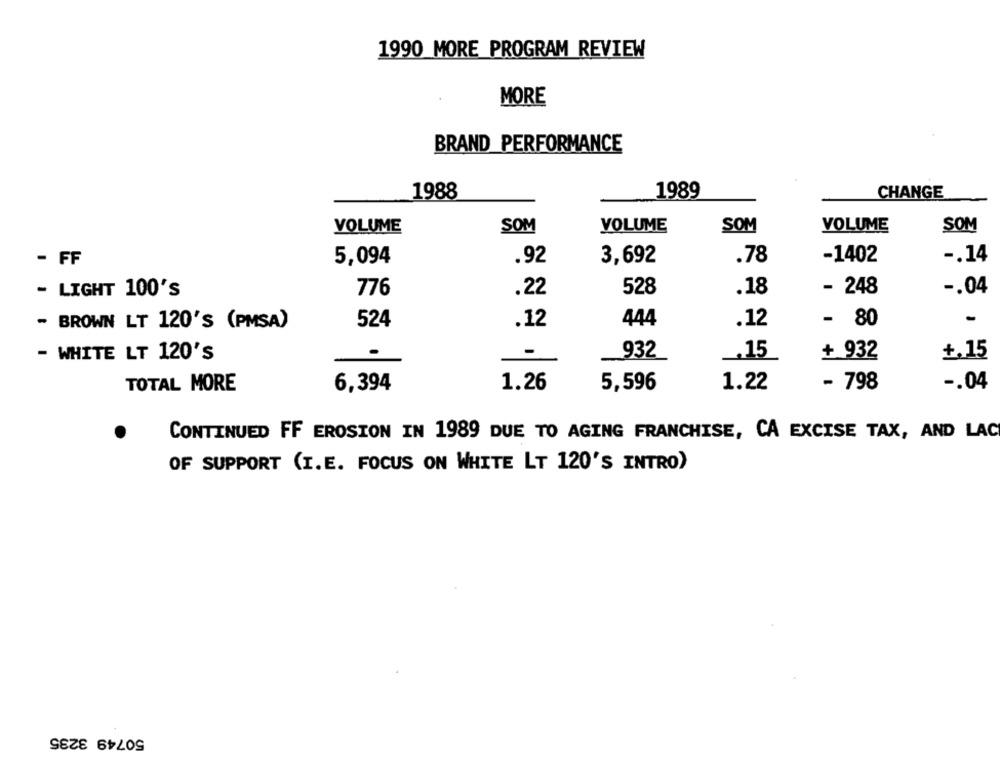
1990 MORE PROGRAM REVIEW
MORE
BRAND PERFORMANCE
1988
1989
CHANGE
VOLUME
SOM
VOLUME
SOM
VOLUME
SOM
.92
3,692
.78
-1402
-. 14
- FF
5,094
.22
-. 04
- LIGHT 100'S
776
528
.18
- 248
- BROWN LT 120'S (PMSA)
524
.12
444
.12
- 80
- WHITE LT 120'S
932
.15
+ 932
+,15
TOTAL MORE
6,394
1.26
5,596
1.22
- 798
-. 04
CONTINUED FF EROSION IN 1989 DUE TO AGING FRANCHISE, CA EXCISE TAX, AND LAC
OF SUPPORT (I.E. FOCUS ON WHITE LT 120'S INTRO)
50749 3235